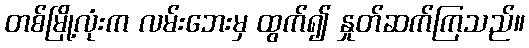
တစ်မြို့လုံးက လမ်းဘေးမှ ထွက်၍ နှုတ်ဆက်ကြသည်။